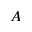
A